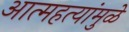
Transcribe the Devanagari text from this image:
आत्महत्यांमुळे